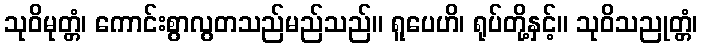
သုဝိမုတ္တံ၊ ကောင်းစွာလွတသည်မည်သည်။ ရူပေဟိ၊ ရုပ်တို့နှင့်။ သုဝိသညုတ္တံ၊